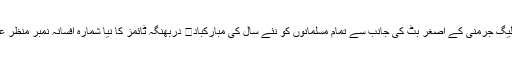
مسلم لیگ جرمنی کے اصغر بٹ کی جانب سے تمام مسلمانوں کو نئے سال کی مبارکباد	 دربھنگہ ٹائمز کا نیا شمارہ افسانہ نمبر منظر عام پر